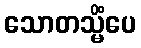
သောတသ္မိံပေ